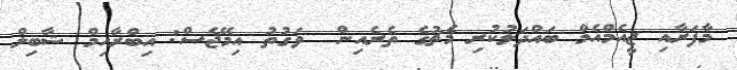
މާފަރާއި ޖީއެމްއެމް ބައްދަލުކުރި މެޗުގެ ތެރެއިން  ވަގުތު އިމޭޖެސް: އިބްރާހިމް ޝާބިލް